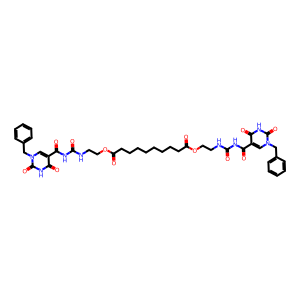
SMILES: O=C(NCCOC(=O)CCCCCCCCC(=O)OCCNC(=O)NC(=O)c1cn(Cc2ccccc2)c(=O)[nH]c1=O)NC(=O)c1cn(Cc2ccccc2)c(=O)[nH]c1=O
Inhibits HIV replication: No